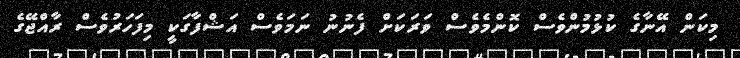
މިކަން އޭނާގެ ކުޅުމުންވެސް ކޮންމެވެސް ވަރަކަށް ފެނުނު ނަމަވެސް އަޝްފާގަކީ މިފަހަރުވެސް ރާއްޖޭގެ